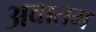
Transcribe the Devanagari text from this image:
अवातम